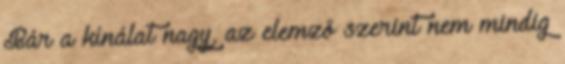
Bár a kínálat nagy, az elemző szerint nem mindig